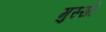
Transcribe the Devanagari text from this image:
मुस्सो